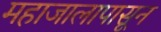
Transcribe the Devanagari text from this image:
महाजालापासून